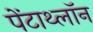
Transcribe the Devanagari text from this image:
पेंटाथ्लॉन